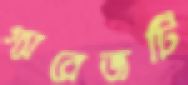
গ্যারেজটি